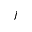
j